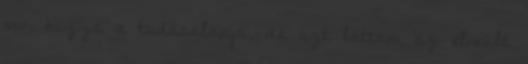
van hozzá a tudás­alapja, de azt láttam az elmúlt